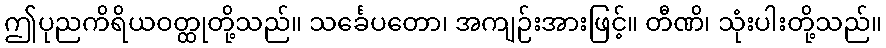
ဤပုညကိရိယဝတ္ထုတို့သည်။ သင်္ခေပတော၊ အကျဉ်းအားဖြင့်။ တီဏိ၊ သုံးပါးတို့သည်။